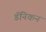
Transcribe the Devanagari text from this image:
डॅनिकन